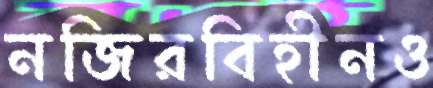
নজিরবিহীনও